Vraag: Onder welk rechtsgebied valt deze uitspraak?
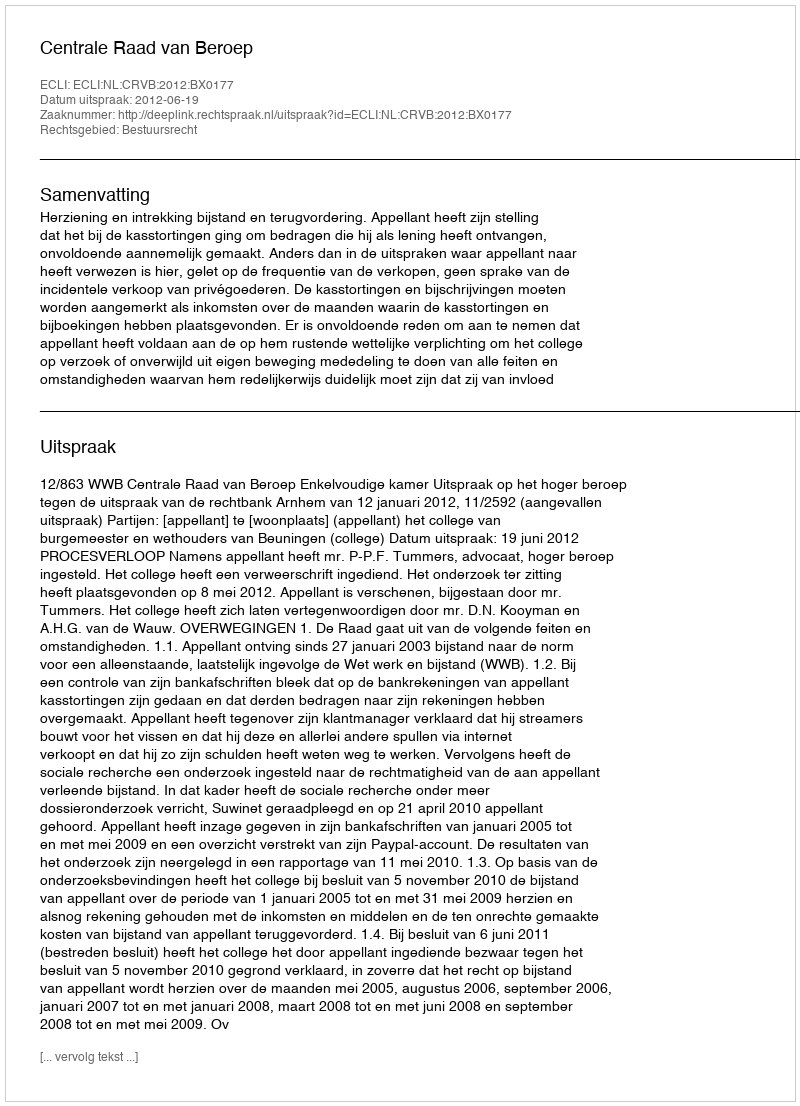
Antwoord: Bestuursrecht